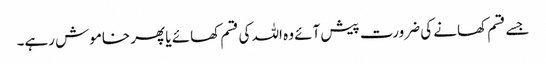
جسے قسم کھانے کی ضرورت پیش آئے وہ اللہ کی قسم کھائے یا پھر خاموش رہے۔